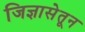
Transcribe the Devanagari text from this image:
जिज्ञासेतून